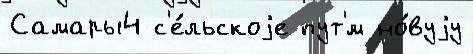
Самары4 с'е́льскоjе пут'́м но́вуjу